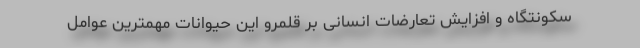
سکونتگاه و افزایش تعارضات انسانی بر قلمرو این حیوانات مهمترین عوامل